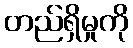
တည်ရှိမှုကို